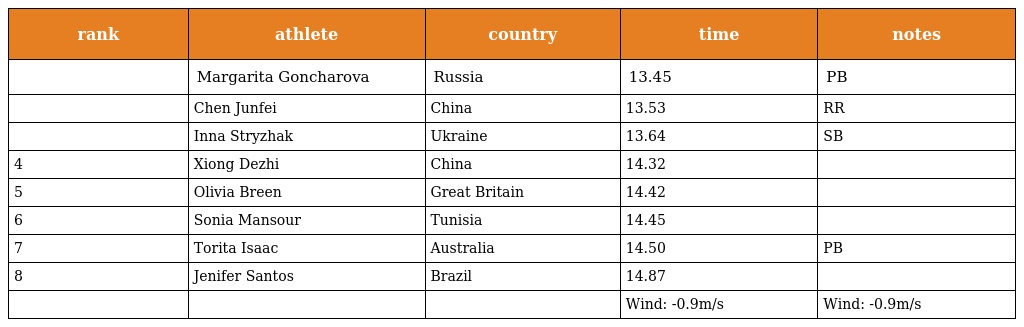
| rank | athlete | country | time | notes |
 | --- | --- | --- | --- | --- |
 |  | Margarita Goncharova | Russia | 13.45 | PB |
 |  | Chen Junfei | China | 13.53 | RR |
 |  | Inna Stryzhak | Ukraine | 13.64 | SB |
 | 4 | Xiong Dezhi | China | 14.32 |  |
 | 5 | Olivia Breen | Great Britain | 14.42 |  |
 | 6 | Sonia Mansour | Tunisia | 14.45 |  |
 | 7 | Torita Isaac | Australia | 14.50 | PB |
 | 8 | Jenifer Santos | Brazil | 14.87 |  |
 |  |  |  | Wind: -0.9m/s | Wind: -0.9m/s |